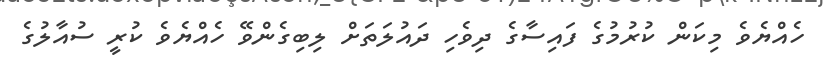
ހެއްޔެވެ މިކަން ކުރުމުގެ ފައިސާގެ ދިވެހި ދައުލަތަށް ލިބިގެންވޭ ހެއްޔެވެ ކުރީ ސުއާލުގެ